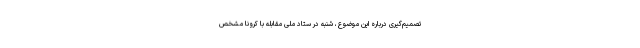
تصمیم‌گیری درباره این موضوع، شنبه در ستاد ملی مقابله با کرونا مشخص